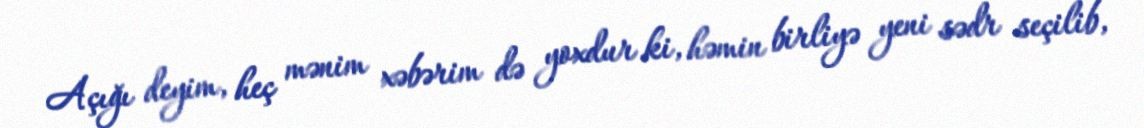
Açığı deyim, heç mənim xəbərim də yoxdur ki, həmin birliyə yeni sədr seçilib,